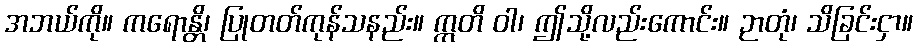
အဘယ်ကို။ ကရောန္တိ၊ ပြုတတ်ကုန်သနည်း။ ဣတိ ဝါ၊ ဤသို့လည်းကောင်း။ ဉာတုံ၊ သိခြင်းငှာ။